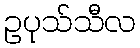
ဥပုသ်သီလ